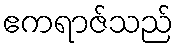
ဧကရာဇ်သည်